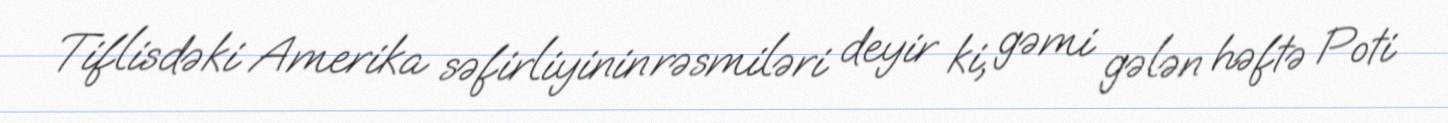
Tiflisdəki Amerika səfirliyinin rəsmiləri deyir ki, gəmi gələn həftə Poti